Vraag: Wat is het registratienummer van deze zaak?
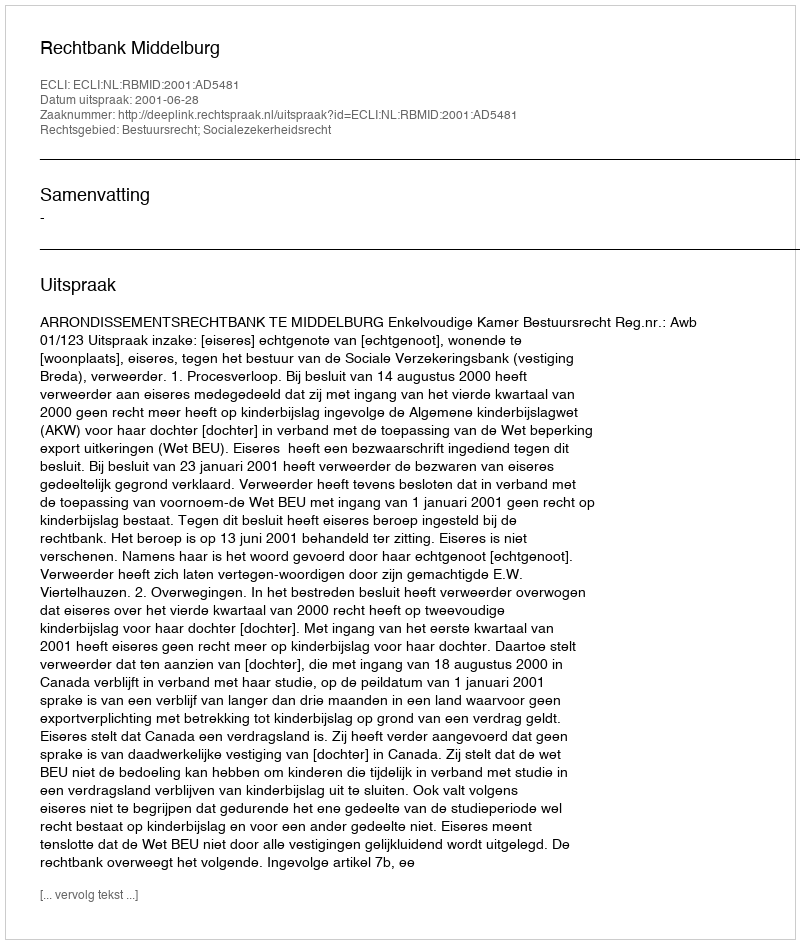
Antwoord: http://deeplink.rechtspraak.nl/uitspraak?id=ECLI:NL:RBMID:2001:AD5481